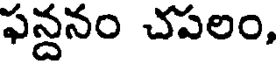
ఫన్దనం చపలం,